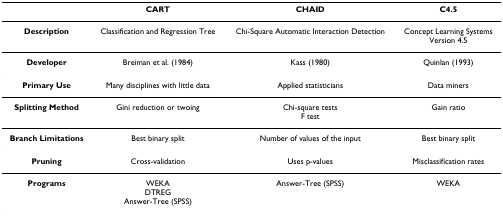
<table><thead><tr><td></td><td><b>CART</b></td><td><b>CHAID</b></td><td><b>C4.5</b></td></tr></thead><tbody><tr><td><b>Description</b></td><td>Classification and Regression Tree</td><td>Chi-Square Automatic Interaction Detection</td><td>Concept Learning SystemsVersion 4.5</td></tr><tr><td><b>Developer</b></td><td>Breiman et al. (1984)</td><td>Kass (1980)</td><td>Quinlan (1993)</td></tr><tr><td><b>Primary Use</b></td><td>Many disciplines with little data</td><td>Applied statisticians</td><td>Data miners</td></tr><tr><td><b>Splitting Method</b></td><td>Gini reduction or twoing</td><td>Chi-square testsF test</td><td>Gain ratio</td></tr><tr><td><b>Branch Limitations</b></td><td>Best binary split</td><td>Number of values of the input</td><td>Best binary split</td></tr><tr><td><b>Pruning</b></td><td>Cross-validation</td><td>Uses p-values</td><td>Misclassification rates</td></tr><tr><td><b>Programs</b></td><td>WEKADTREGAnswer-Tree (SPSS)</td><td>Answer-Tree (SPSS)</td><td>WEKA</td></tr></tbody></table>